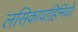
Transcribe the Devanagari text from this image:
लसिकावाहिनियों